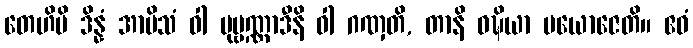
တေဟိပိ ဒိန္နံ အာမိသံ ဝါ ပုဗ္ဗဏ္ဏာဒီနိ ဝါ ဂဏှတိ, တာနိ ဝဍ္ဎိယာ ပယောဇေတိ။ ဧဝံ